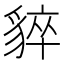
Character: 𧳚